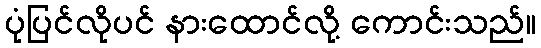
ပုံပြင်လိုပင် နားထောင်လို့ ကောင်းသည်။